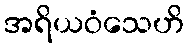
အရိယဝံသေဟိ